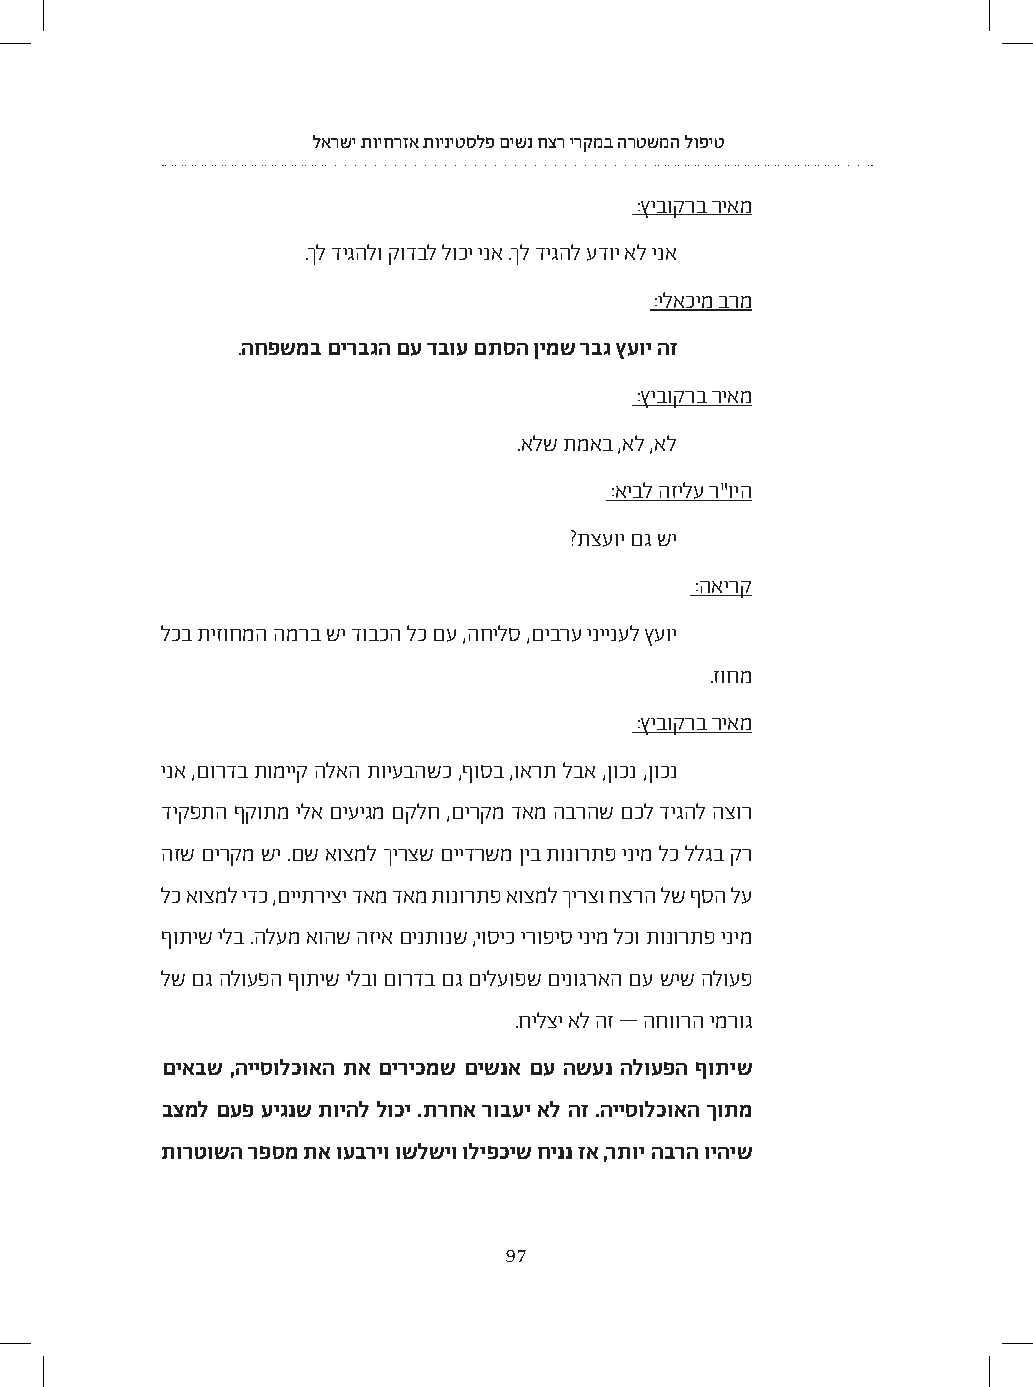
לארשי תויחרזא תויניטסלפ םישנ חצר ירקמב הרטשמה לופיט
 :ץיבוקרב ריאמ
 .ךל דיגהלו קודבל לוכי ינא .ךל דיגהל עדוי אל ינא
 :ילאכימ ברמ
 .החפשמב םירבגה םע דבוע םתסה ןימש רבג ץעוי הז
 :ץיבוקרב ריאמ
 .אלש תמאב ,אל ,אל
 :איבל הזילע ר"ויה
 ?תצעוי םג שי
 :האירק
 לכב תיזוחמה המרב שי דובכה לכ םע ,החילס ,םיברע יניינעל ץעוי
 .זוחמ
 :ץיבוקרב ריאמ
 ינא ,םורדב תומייק הלאה תויעבהשכ ,ףוסב ,וארת לבא ,ןוכנ ,ןוכנ
 דיקפתה ףקותמ ילא םיעיגמ םקלח ,םירקמ דאמ הברהש םכל דיגהל הצור
 הזש םירקמ שי .םש אוצמל ךירצש םיידרשמ ןיב תונורתפ ינימ לכ ללגב קר
 לכ אוצמל ידכ ,םייתריצי דאמ דאמ תונורתפ אוצמל ךירצו חצרה לש ףסה לע
 ףותיש ילב .הלעמ אוהש הזיא םינתונש ,יוסיכ ירופיס ינימ לכו תונורתפ ינימ
 לש םג הלועפה ףותיש ילבו םורדב םג םילעופש םינוגראה םע שיש הלועפ
 .חילצי אל הז – החוורה ימרוג
 םיאבש ,הייסולכואה תא םיריכמש םישנא םע השענ הלועפה ףותיש
 בצמל םעפ עיגנש תויהל לוכי .תרחא רובעי אל הז .הייסולכואה ךותמ
 תורטושה רפסמ תא ועבריו ושלשיו וליפכיש חיננ זא ,רתוי הברה ויהיש
 97